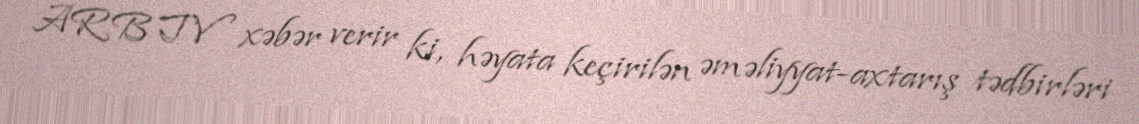
ARB TV xəbər verir ki, həyata keçirilən əməliyyat-axtarış tədbirləri